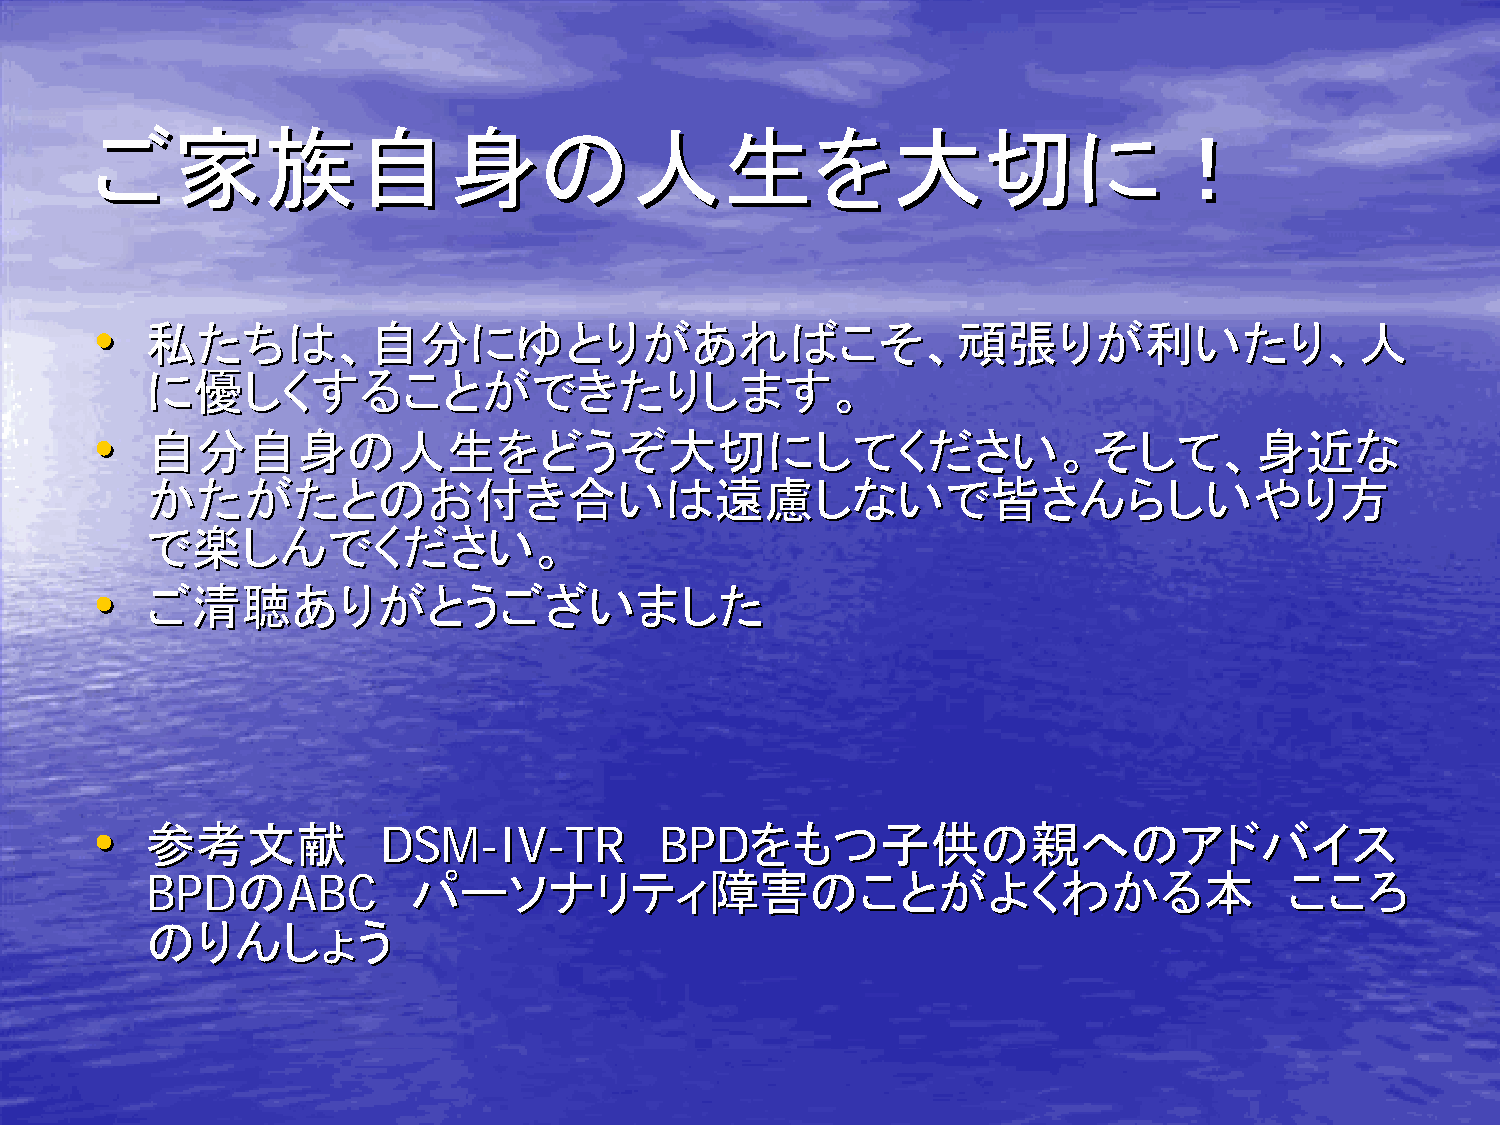
ごご家家族族自自身身のの人人生生をを大大切切にに！！
 ••  私私たたちちはは、、自自分分ににゆゆととりりががああれればばここそそ、、頑頑張張りりがが利利いいたたりり、、人人
 にに優優ししくくすするるここととががででききたたりりししまますす。。
 ••  自自分分自自身身のの人人生生ををどどううぞぞ大大切切ににししててくくだだささいい。。そそししてて、、身身近近なな
 かかたたががたたととののおお付付きき合合いいはは遠遠慮慮ししなないいでで皆皆ささんんららししいいややりり方方
 でで楽楽ししんんででくくだだささいい。。
 ••  ごご清清聴聴あありりががととううごござざいいままししたた
 ••  参参考考文文献献        DDSSMM--IIVV--TTRR BBPPDDををももつつ子子供供のの親親へへののアアドドババイイスス
 BBPPDDののAABBCC    パパーーソソナナリリテティィ障障害害ののここととががよよくくわわかかるる本本                    こここころろ
 ののりりんんししょょうう